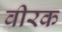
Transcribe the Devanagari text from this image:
वीरक